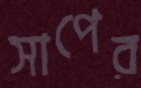
সাপের